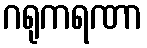
ဂရုကရဏာ